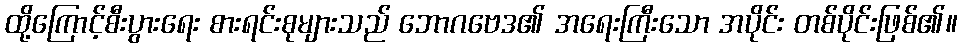
ထို့ကြောင့်စီးပွားရေး စားရင်းစုများသည် ဘောဂဗေဒ၏ အရေးကြီးသော အပိုင်း တစ်ပိုင်းဖြစ်၏။